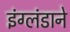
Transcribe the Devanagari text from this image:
इंग्लंडाने